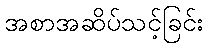
အစာအဆိပ်သင့်ခြင်း